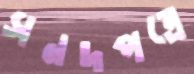
সনদপত্রে